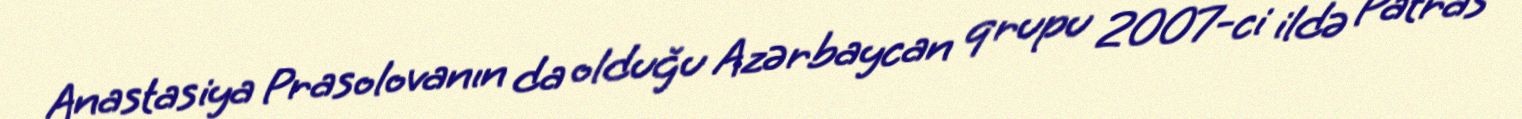
Anastasiya Prasolovanın da olduğu Azərbaycan qrupu 2007-ci ildə Patras